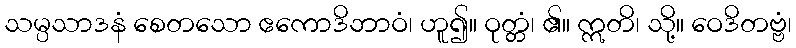
သမ္ပသာဒနံ စေတသော ဧကောဒိဘာဝံ၊ ဟူ၍။ ဝုတ္တံ၊ ၏။ ဣတိ၊ သို့။ ဝေဒိတဗ္ဗံ၊